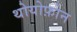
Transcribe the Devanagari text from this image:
थोयोफ़ोन